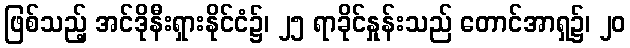
ဖြစ်သည့် အင်ဒိုနီးရှားနိုင်ငံ၌၊ ၂၅ ရာခိုင်နှုန်းသည် တောင်အာရှ၌၊ ၂၀